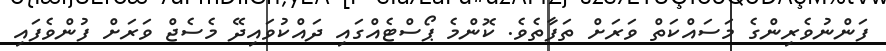
ފަންނުވެރިންގެ މަސައްކަތް ވަރަށް ތަފާތެވެ. ކޮންމެ ޕޯސްޓެއްގައި ދައްކުވައިދޭ މެސެޖް ވަރަށް ފުންވެފައި